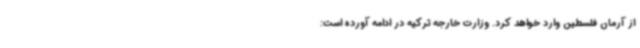
از آرمان فلسطین وارد خواهد کرد. وزارت خارجه ترکیه در ادامه آورده است: